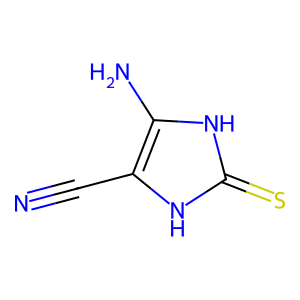
SMILES: N#Cc1[nH]c(=S)[nH]c1N
Inhibits HIV replication: No